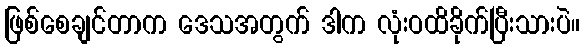
ဖြစ်စေချင်တာက ဒေသအတွက် ဒါက လုံးဝထိခိုက်ပြီးသားပဲ။